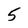
Character: 5